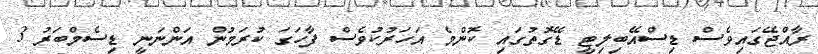
ރާއްޖޭގައިވެސް ޑިސްއޭބިލިޓީ ޑޭގޮތުގައި ކޮންމެ އަހަރުކުވެސް ފާހަގަ ކުރަމުން އަންނަނީ ޑިސެމްބަރު 3